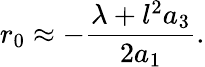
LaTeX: r_{0}\approx-\frac{\lambda+l^{2}a_{3}}{2a_{1}}.